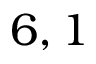
6 , 1